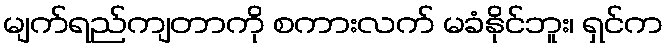
မျက်ရည်ကျတာကို စကားလက် မခံနိုင်ဘူး၊ ရှင်က